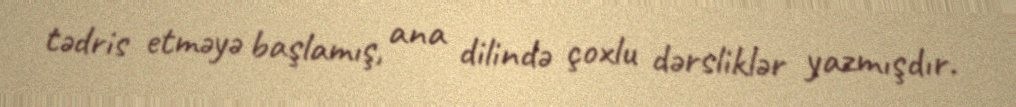
tədris etməyə başlamış, ana dilində çoxlu dərsliklər yazmışdır.